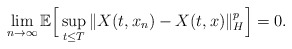
\begin{align*} \lim_{n\rightarrow\infty}\mathbb{E}\Big[ \sup_{t\leq T}\Vert X(t, x_n) - X(t, x) \Vert_H^p \Big] = 0 .\end{align*}